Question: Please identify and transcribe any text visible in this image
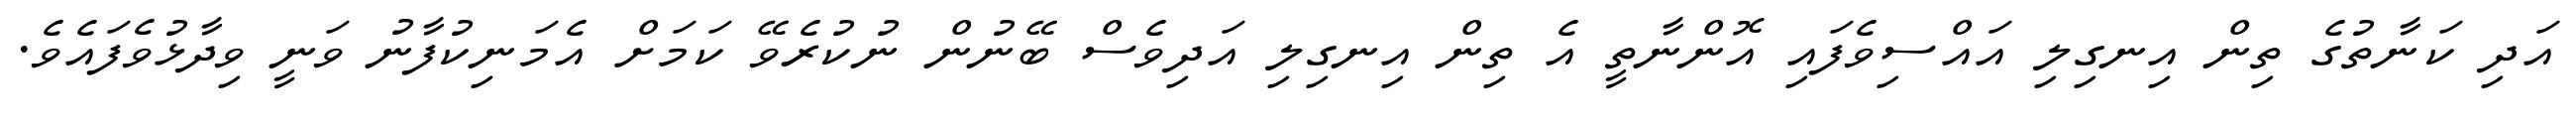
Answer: އަދި ކަނާތުގެ ތިން އިނގިލި އައްސިވެފައި އޮންނާތީ އެ ތިން އިނގިލި އަދިވެސް ބޭނުން ނުކުރެވޭ ކަމަށް އެމަނިކުފާނު ވަނީ ވިދާޅުވެފައެވެ.